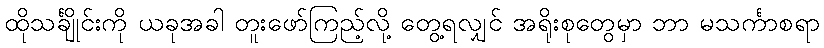
ထိုသင်္ချိုင်းကို ယခုအခါ တူးဖော်ကြည့်လို့ တွေ့ရလျှင် အရိုးစုတွေမှာ ဘာ မသင်္ကာစရာ